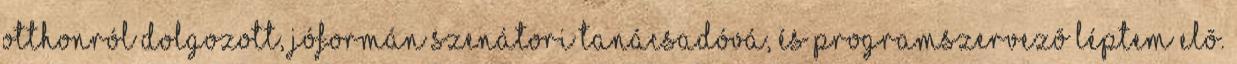
otthonról dolgozott, jóformán szenátori tanácsadóvá, és programszervezõ léptem elõ.